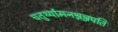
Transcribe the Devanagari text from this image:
चतुर्थ्यामनश्नञ्जपति